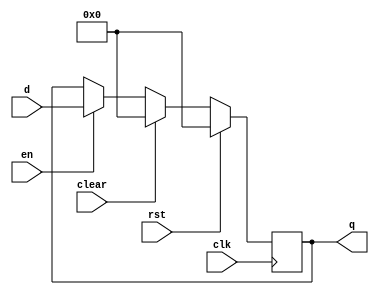
`timescale 1ns / 1ps
//////////////////////////////////////////////////////////////////////////////////
// Company: 
// Engineer: 
// 
// Design Name: 
// Module Name: flopenrc
// Project Name: 
// Target Devices: 
// Tool Versions: 
// Description: 
// 
// Dependencies: 
// 
// Revision:
// Revision 0.01 - File Created
// Additional Comments:
// 
//////////////////////////////////////////////////////////////////////////////////


module flopenrc #(parameter WIDTH = 8)(
	input wire clk,rst,en,clear,
	input wire [WIDTH-1:0] d,
	output reg [WIDTH-1:0] q
    );
	
	always @(posedge clk) begin
		if(rst) begin
			q <= 0;
		end
		else if (clear) begin
			q <= 0;
		end
		else if (en) begin
			q <= d;
		end
		else begin
			q <= q;
		end
	end
endmodule